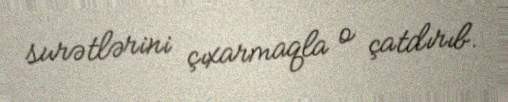
surətlərini çıxarmaqla o çatdırıb.